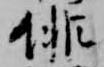
徘